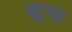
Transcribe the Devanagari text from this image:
ह्यूय्स